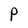
Character: P